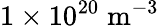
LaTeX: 1\times 10^{20}\mathrm{\; m^{-3}}